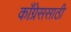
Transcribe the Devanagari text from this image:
काँग्रेससाठी